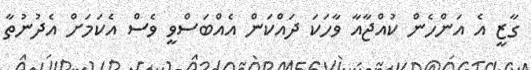
ގާޒީ އެ އަންހެން ކުއްޖާއާ ވާހަކަ ދައްކަން އެއްބަސްވީ ވެސް އެކަމަށް އެދުނުތާ